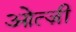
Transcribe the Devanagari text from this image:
ओत्ज़ी